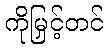
ကိုမြှင့်တင်